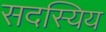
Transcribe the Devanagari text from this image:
सदस्यिय